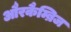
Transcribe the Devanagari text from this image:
औरकैम्ब्रिज